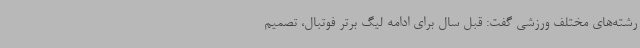
رشته‌های مختلف ورزشی گفت: قبل سال برای ادامه لیگ برتر فوتبال، تصمیم